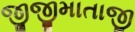
જીજીમાતાજી